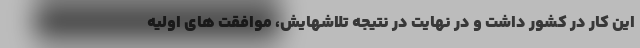
این کار در کشور داشت و در نهایت در نتیجه تلاشهایش، موافقت های اولیه